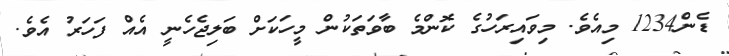
ޑެން1234 މިއެވެ. މިވައިރަހުގެ ކޮންމެ ބާވަތަކުން މީހަކަށް ބަލިޖެހެނީ އެއް ފަހަރު އެވެ.